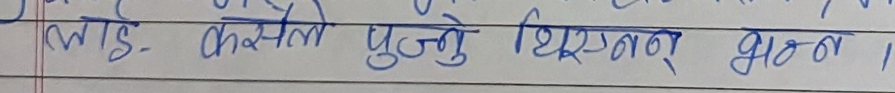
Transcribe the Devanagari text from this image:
लाई कसलो पुग्नु थिएनन् अब।